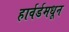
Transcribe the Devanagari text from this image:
हार्वर्डमधून